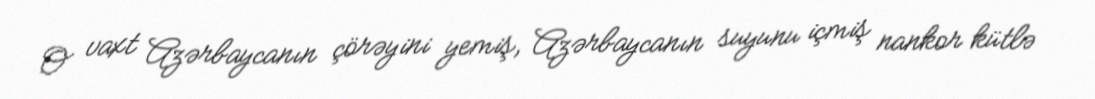
O vaxt Azərbaycanın çörəyini yemiş, Azərbaycanın suyunu içmiş nankor kütlə